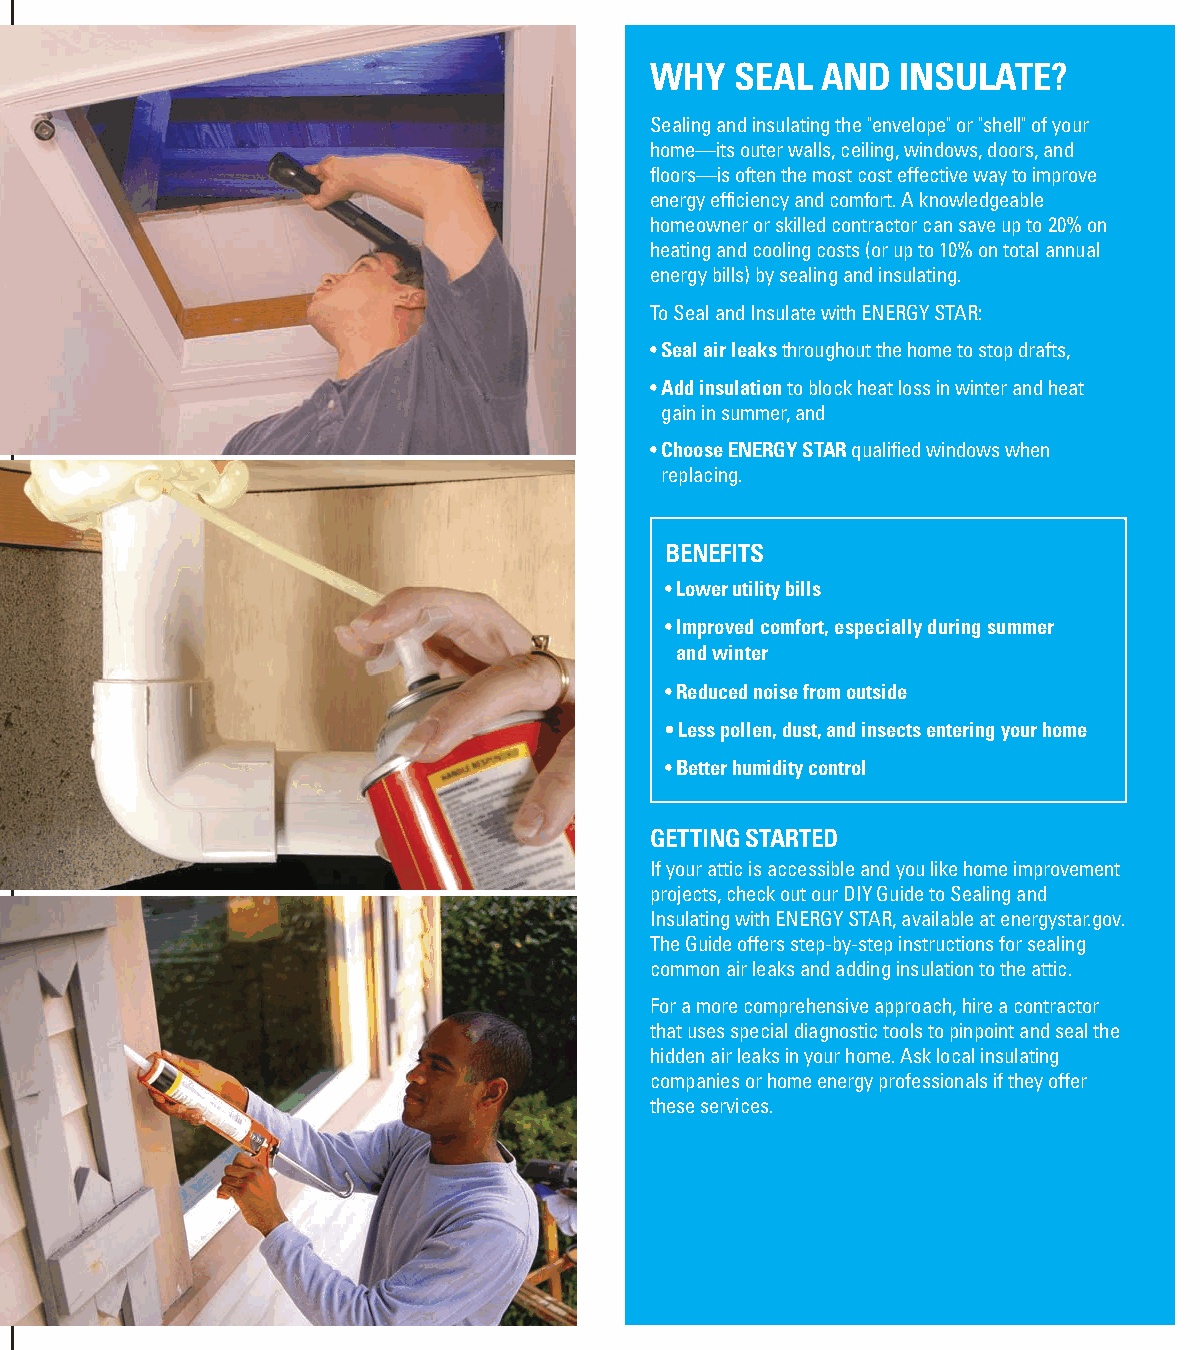
WHY   SEAL AND   INSULATE?
 U.S. Environmental Protection Agency
 Sealing and insulating the "envelope" or "shell" of your
 home—its outer walls, ceiling, windows, doors, and
 floors—is often the most cost effective way to improve
 Seal     and
 energy efficiency and comfort. A knowledgeable
 homeowner or skilled contractor can save up to 20% on
 heating and cooling costs (or up to 10% on total annual
 energy bills) by sealing and insulating.                                               Insulate      with
 To Seal and Insulate with ENERGY STAR:
 • Seal air leaks throughout the home to stop drafts,                                   ENERGY         STAR®
 • Add insulation to block heat loss in winter and heat
 gain in summer, and
 • Choose ENERGY STAR qualified windows when
 replacing.
 BENEFITS
 • Lower utility bills
 • Improved comfort, especially during summer
 and winter
 • Reduced noise from outside
 • Less pollen, dust, and insects entering your home
 • Better humidity control
 GETTING STARTED
 If your attic is accessible and you like home improvement
 projects, check out our DIY Guide to Sealing and
 Insulating with ENERGY STAR, available at energystar.gov.
 The Guide offers step-by-step instructions for sealing
 common air leaks and adding insulation to the attic.
 For a more comprehensive approach, hire a contractor
 that uses special diagnostic tools to pinpoint and seal the
 hidden air leaks in your home. Ask local insulating
 companies or home energy professionals if they offer
 these services.
 UNITEDSTATES
 ENVIRONMENTAL
 PROTECTIONAGENCY
 6202J
 WASHINGTONDC 20460
 Recycled/Recyclable—Printed with vegetable oil based inks on
 recycled paper (Minimum 50% post-consumer content)   EPA 430F-09-052 March 2009